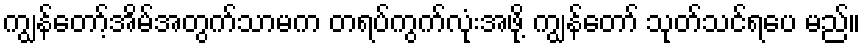
ကျွန်တော့်အိမ်အတွက်သာမက တရပ်ကွက်လုံးအဖို့ ကျွန်တော် သုတ်သင်ရပေ မည်။